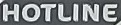
HOTLINE